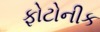
ફોટોનીક